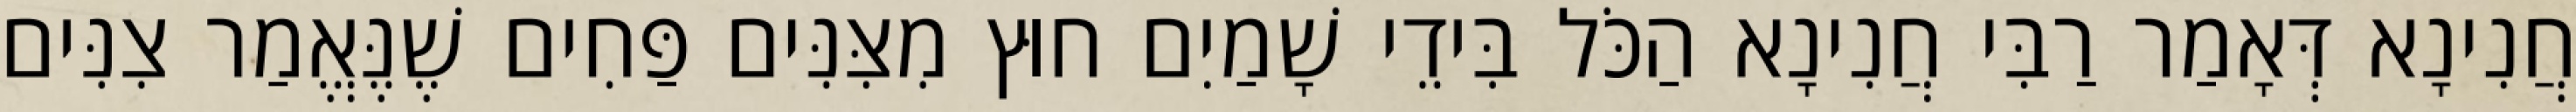
חֲנִינָא דְּאָמַר רַבִּי חֲנִינָא הַכֹּל בִּידֵי שָׁמַיִם חוּץ מִצִּנִּים פַּחִים שֶׁנֶּאֱמַר צִנִּים